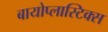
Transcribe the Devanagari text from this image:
बायोप्लास्टिक्स